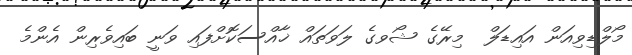
މޯލްޑިވިއަން އައިޑަލް  މިރޭގެ ޝޯވގެ ލަވަތައް ޚާއްސަކޮށްފައި ވަނީ ބައިވެރިން އެންމެ